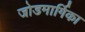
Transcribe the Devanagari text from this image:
जोडमार्गिका